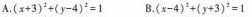
A.$$( x + 3 ) ^ { 2 } + ( y - 4 ) ^ { 2 } = 1$$ B.$$( x - 4 } ^ { 2 } + ( y + 3 ) ^ { 2 } = 1$$